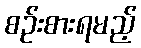
စဉ်းစားရမည့်